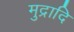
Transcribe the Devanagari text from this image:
मुद्रादि